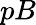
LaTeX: pB